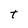
Character: t